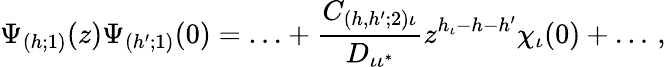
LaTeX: \Psi_{(h;1)}(z)\Psi_{(h^{\prime};1)}(0)=\ldots+\frac{C_{(h,h^{\prime};2)\iota}}{D_{\iota\iota^{*}}}z^{h_{\iota}-h-h^{\prime}}\chi_{\iota}(0)+\ldots\, ,